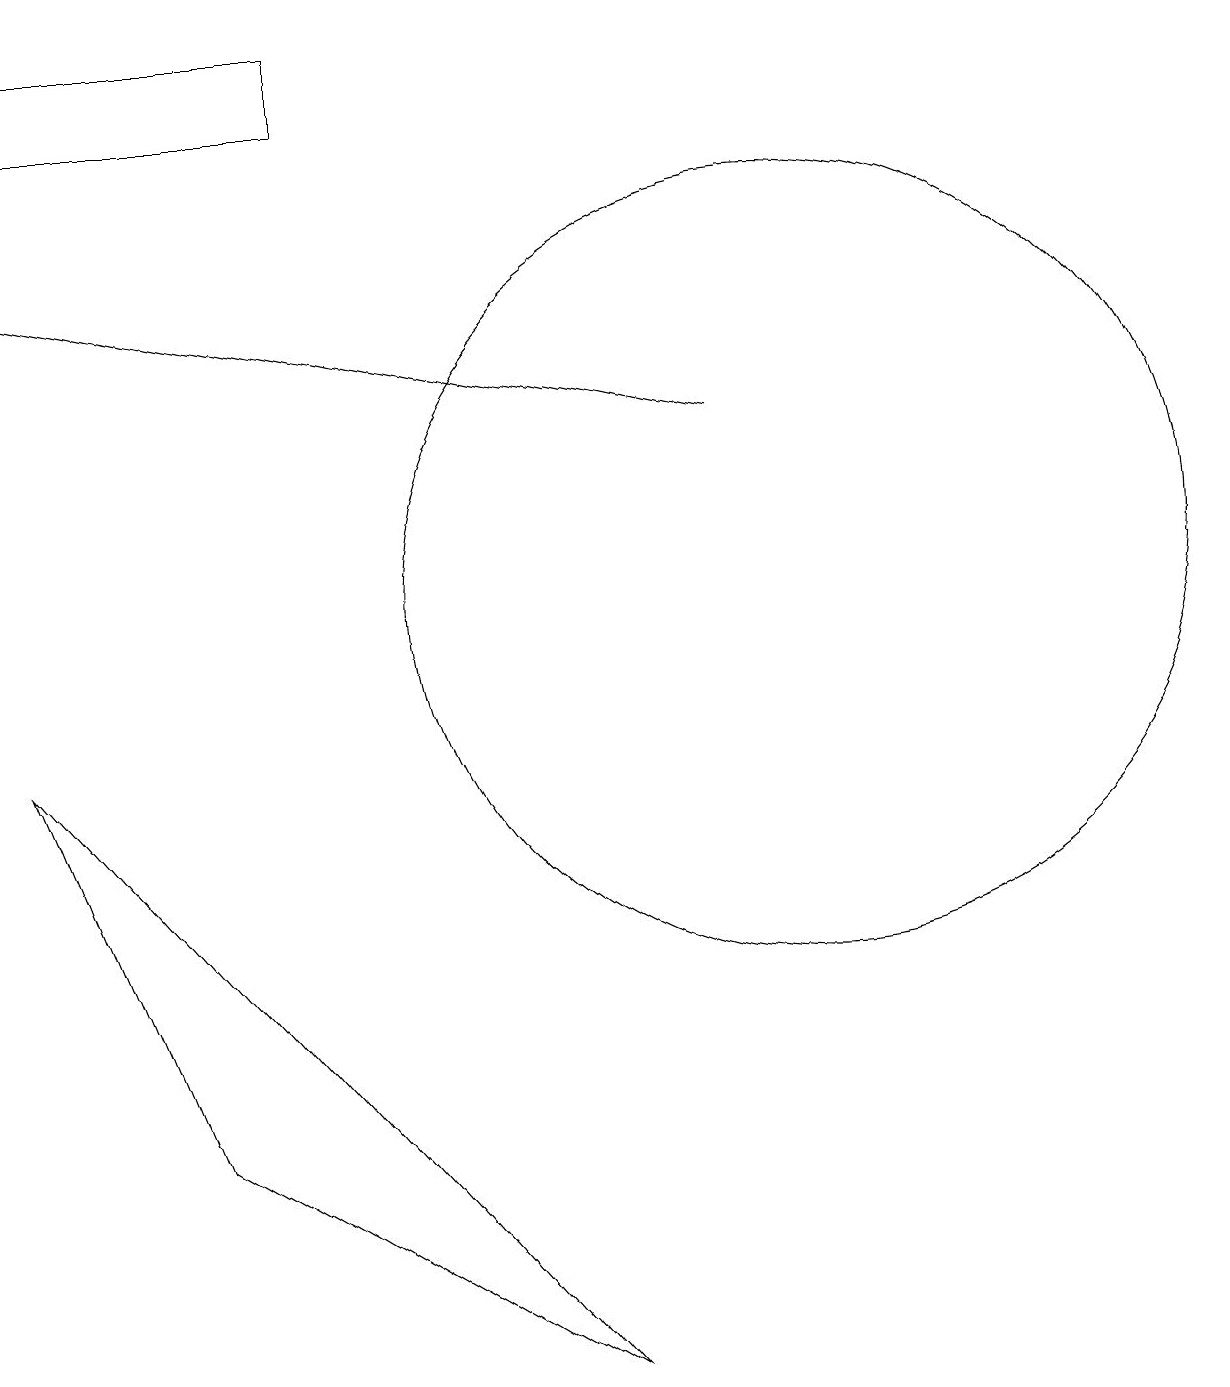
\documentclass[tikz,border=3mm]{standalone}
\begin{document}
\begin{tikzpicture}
\draw (11,10) circle (0);
\draw[->] (9,13) -- (0,15);
\draw (2,4) -- (0,9) -- (7,1) -- cycle;
\draw (4,17) rectangle (0,18);
\draw (10,11) circle (5);
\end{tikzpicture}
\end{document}